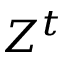
Z ^ { t }